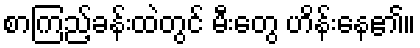
စာကြည့်ခန်းထဲတွင် မီးတွေ ဟိန်းနေ၏။